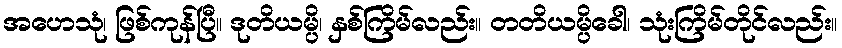
အဟေသုံ၊ ဖြစ်ကုန်ပြီ။ ဒုတိယမ္ပိ၊ နှစ်ကြိမ်လည်း။ တတိယမ္ပိခေါ၊ သုံးကြိမ်တိုင်လည်း။